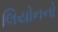
લિયોનનો